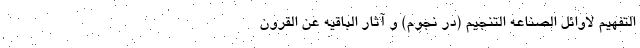
التفهیم لاوائل الصناعه التنجیم (در نجوم) و آثار الباقیه عن القرون